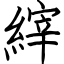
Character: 縡